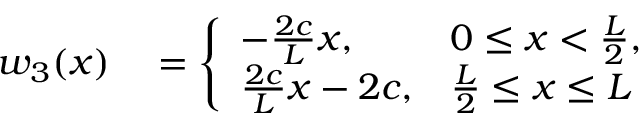
\begin{array} { r l } { w _ { 3 } ( x ) } & { { } = \left\{ \begin{array} { l l } { - \frac { 2 c } { L } x , } & { 0 \leq x < \frac { L } { 2 } , } \\ { \frac { 2 c } { L } x - 2 c , } & { \frac { L } { 2 } \leq x \leq L } \end{array} \right. } \end{array}